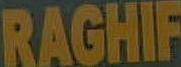
RAGHIF